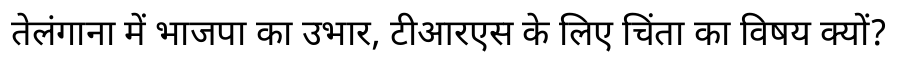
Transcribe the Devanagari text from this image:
तेलंगाना में भाजपा का उभार, टीआरएस के लिए चिंता का विषय क्यों?